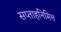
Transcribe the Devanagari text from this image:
सप्ताहनिमित्त